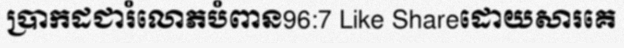
ប្រាកដជារំលោភបំពាន96:7 Like Shareដោយសារគេ